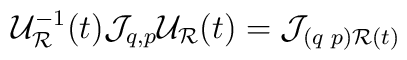
{\cal U}_{{\cal R}}^{-1}(t){\cal J}_{q,p}{\cal U}_{\cal R}(t)={\cal J}_{(q\,\,p){\cal R}(t)}